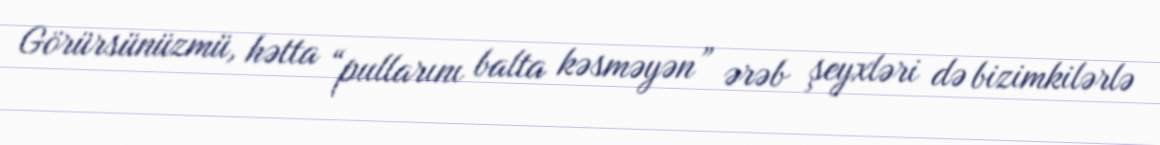
Görürsünüzmü, hətta “pullarını balta kəsməyən” ərəb şeyxləri də bizimkilərlə